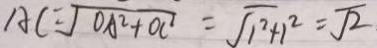
A C = \sqrt { O A ^ { 2 } + O C ^ { 2 } } = \sqrt { 1 ^ { 2 } + 1 ^ { 2 } } = \sqrt { 2 }